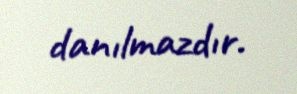
danılmazdır.